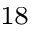
^ { 1 8 }